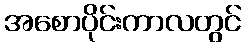
အစောပိုင်းကာလတွင်